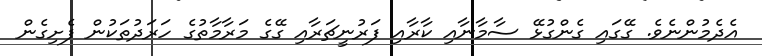
އެދެމުންނެވެ. ގޭގައިި ގެންގުޅޭ ސާމާނާއި ކާރާއި ފަރުނީޗަރާއި ގޭގެ މަރާމާތުގެ ހަރަދުތަކުން ފެށިގެން